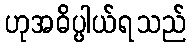
ဟုအဓိပ္ပါယ်ရသည်